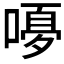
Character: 𭉿